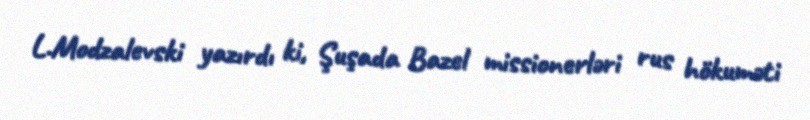
L.Modzalevski yazırdı ki, Şuşada Bazel missionerləri rus hökuməti